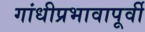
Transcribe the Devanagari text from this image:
गांधीप्रभावापूर्वी